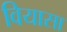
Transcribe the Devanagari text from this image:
वियासा